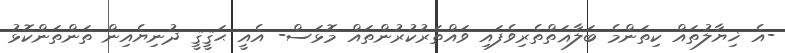
-އެ ޚިޔާލުތައް ކިތަންމެ ބަލާޣަތްތެރިވެފައި ވައްތަރުކުރުންތައް މޮޅަސް- އެއީ ޙަޤީޤީ ދުނިޔެއިން ތަންތަންކޮޅު